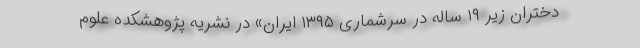
دختران زیر ۱۹ ساله در سرشماری ۱۳۹۵ ایران» در نشریه پژوهشکده علوم